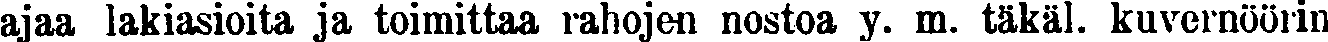
ajaa lakiasioita ja toimittaa rahojen nostoa y. m. täkäl. kuvernöörin